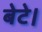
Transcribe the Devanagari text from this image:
बेटे।